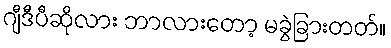
ဂျီဒီပီဆိုလား ဘာလားတော့ မခွဲခြားတတ်။